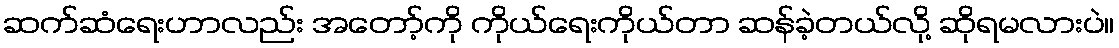
ဆက်ဆံရေးဟာလည်း အတော့်ကို ကိုယ်ရေးကိုယ်တာ ဆန်ခဲ့တယ်လို့ ဆိုရမလားပဲ။